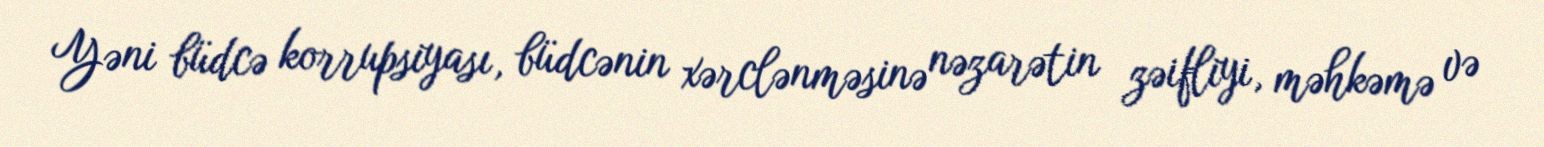
Yəni büdcə korrupsiyası, büdcənin xərclənməsinə nəzarətin zəifliyi, məhkəmə və